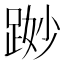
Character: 𨁭